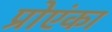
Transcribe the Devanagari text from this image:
प्रोएंका